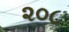
૨૦૮